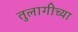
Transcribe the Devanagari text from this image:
तुलागीच्या